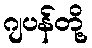
ဂျပန်တို့